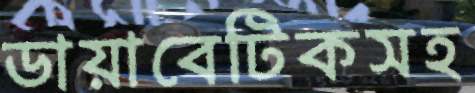
ডায়াবেটিকসহ